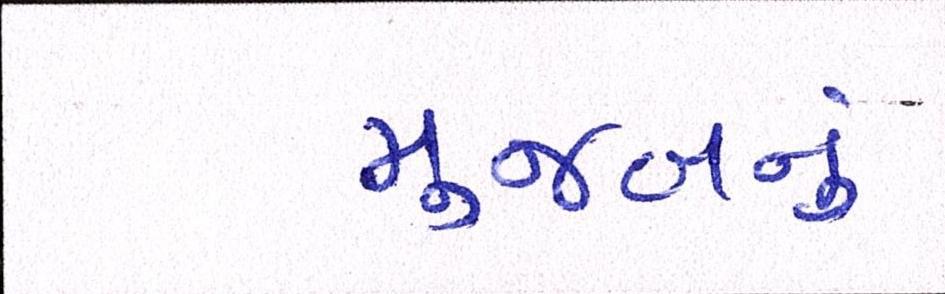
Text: મુજબનું